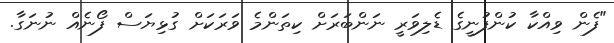
"ފެން ވިއްކާ ކުންފުނީގެ ޑެލިވަރީ ނަންބަރަށް ކިތަންމެ ވަރަކަށް ގުޅިޔަސް ފޯނެއް ނުނަގާ.